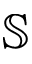
\mathbb { S }